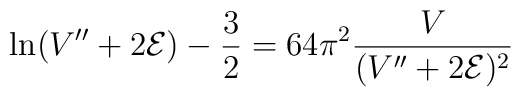
\ln (V''+2{\cal E}) -\frac{3}{2} = 64\pi^2\frac{V}{(V''+2{\cal E})^2}